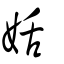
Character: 姡